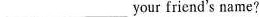
___ ___your friend's name?